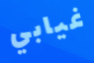
غيابي